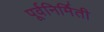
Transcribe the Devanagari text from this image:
पूर्वनिर्मिती